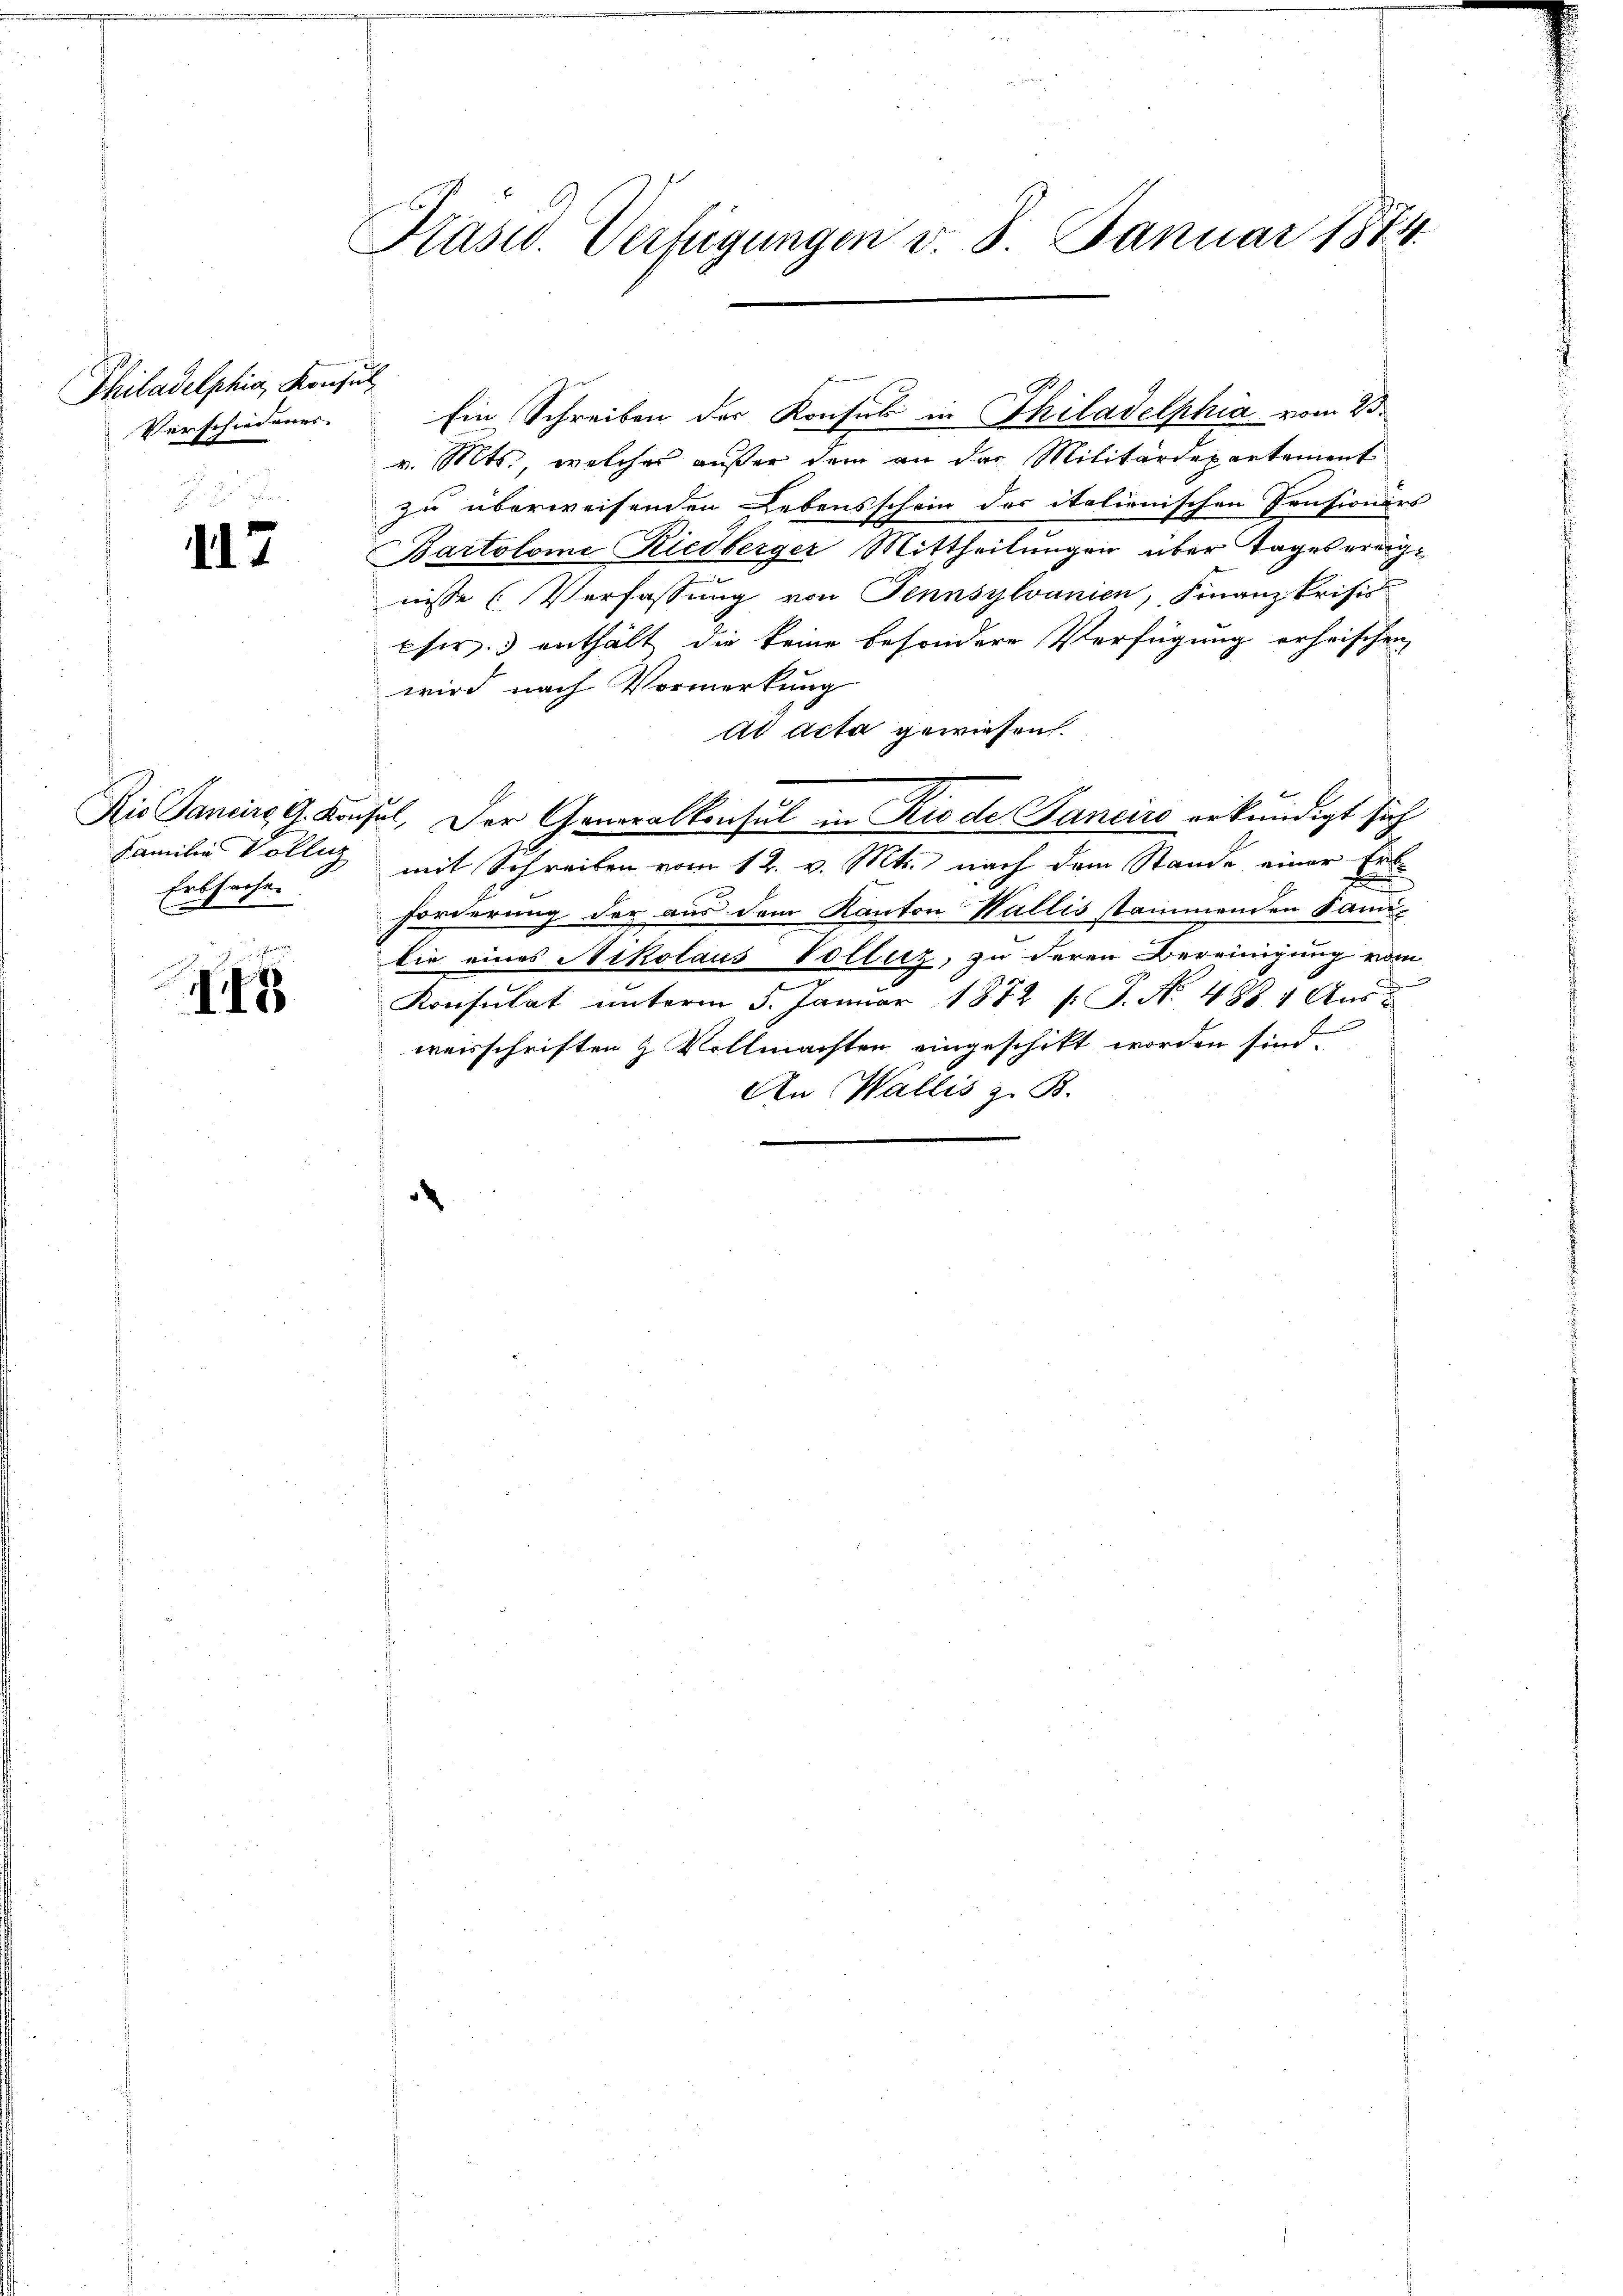
Philadelphia, Konsul
Verschiedenes.

17

Familie Vollz
Erbsache.

48

Präsid. Verfügungen v. 8. Januar 1874

Ein Schreiben der Konsul in Philadelphia vom 23.
v. Mts., welches außer dem an das Militärdepartement
zu überweisenden Lebensschein der italienischen Pensionärs
Bartolome Riedberger Mittheilungen über Tages ereignisse (Verfassung von Tennsylvanien, Finanz-Prisis
csir. enthält die keine besondere Verfügung erheischen
wird nach Vormerkung
ad acta gewiesen.
Die Sancirs G. Konsul, Der Generalkonsul in Rio de Tanciro erkundigt sich
mit Schreiben vom 12. v. Mts. nach dem Stande einer Erb¬
.
.
forderung der aus dem Kanton Wallis stammenden Sanidie eines Nikolaus Vollenz, zu deren Bereinigung vom
Konsulat unterm 5. Januar 1872 s. S. No. 488 1 Aus
n
weisschriften & Vollmachten eingeschikt worden sind.
An Wallis z. B.